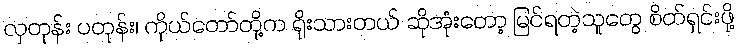
လှတုန်း ပတုန်း၊ ကိုယ်တော်တို့က ရိုးသားတယ် ဆိုအုံးတော့ မြင်ရတဲ့သူတွေ စိတ်ရှင်းဖို့